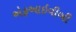
એફઆઇવીબી